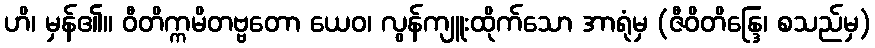
ဟိ၊ မှန်၏။ ဝီတိက္ကမိတဗ္ဗတော ယေဝ၊ လွန်ကျူးထိုက်သော အာရုံမှ (ဇီဝိတိန္ဒြေ၊ စသည်မှ)